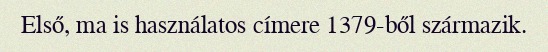
Első, ma is használatos címere 1379-ből származik.